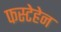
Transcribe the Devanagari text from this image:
फस्टेहेन